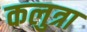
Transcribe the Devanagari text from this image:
कलुत्रा